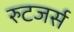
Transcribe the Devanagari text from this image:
रुटजर्स